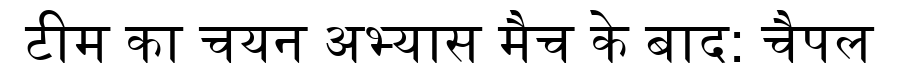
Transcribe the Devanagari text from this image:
टीम का चयन अभ्यास मैच के बाद: चैपल